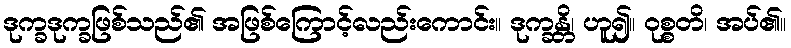
ဒုက္ခဒုက္ခဖြစ်သည်၏ အဖြစ်ကြောင့်လည်းကောင်း။ ဒုက္ခန္တိ၊ ဟူ၍။ ဝုစ္စတိ၊ အပ်၏။